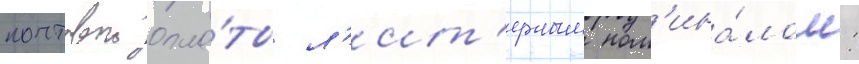
почтовои опла́ты л'ит'ерным ном'ина́лом: